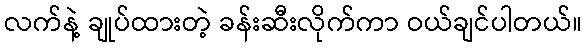
လက်နဲ့ ချုပ်ထားတဲ့ ခန်းဆီးလိုက်ကာ ဝယ်ချင်ပါတယ်။